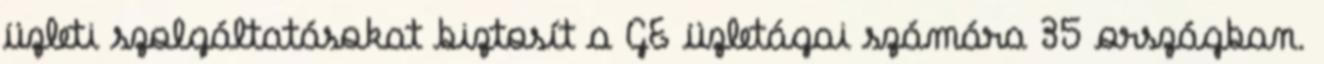
üzleti szolgáltatásokat biztosít a GE üzletágai számára 35 országban.